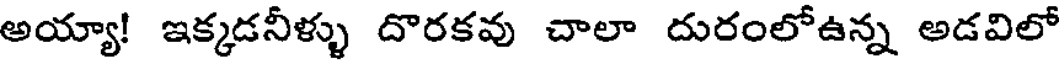
అయ్యా! ఇక్కడనీళ్ళు దొరకవు చాలా దురంలోఉన్న అడవిలో